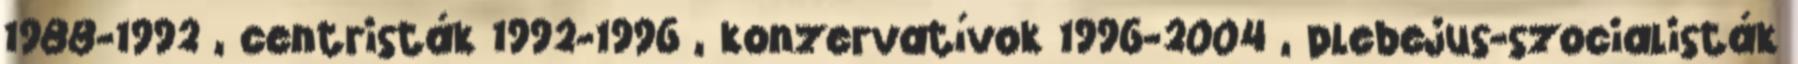
1988-1992 , centristák 1992-1996 , konzervatívok 1996-2004 , plebejus-szocialisták